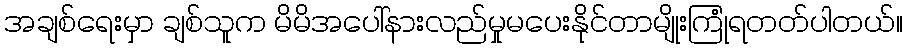
အချစ်ရေးမှာ ချစ်သူက မိမိအပေါ်နားလည်မှုမပေးနိုင်တာမျိုးကြုံရတတ်ပါတယ်။